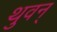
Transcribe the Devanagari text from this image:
थुवन्